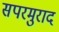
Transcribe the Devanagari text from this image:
सपरमुराद